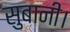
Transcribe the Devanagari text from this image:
सुबानी।